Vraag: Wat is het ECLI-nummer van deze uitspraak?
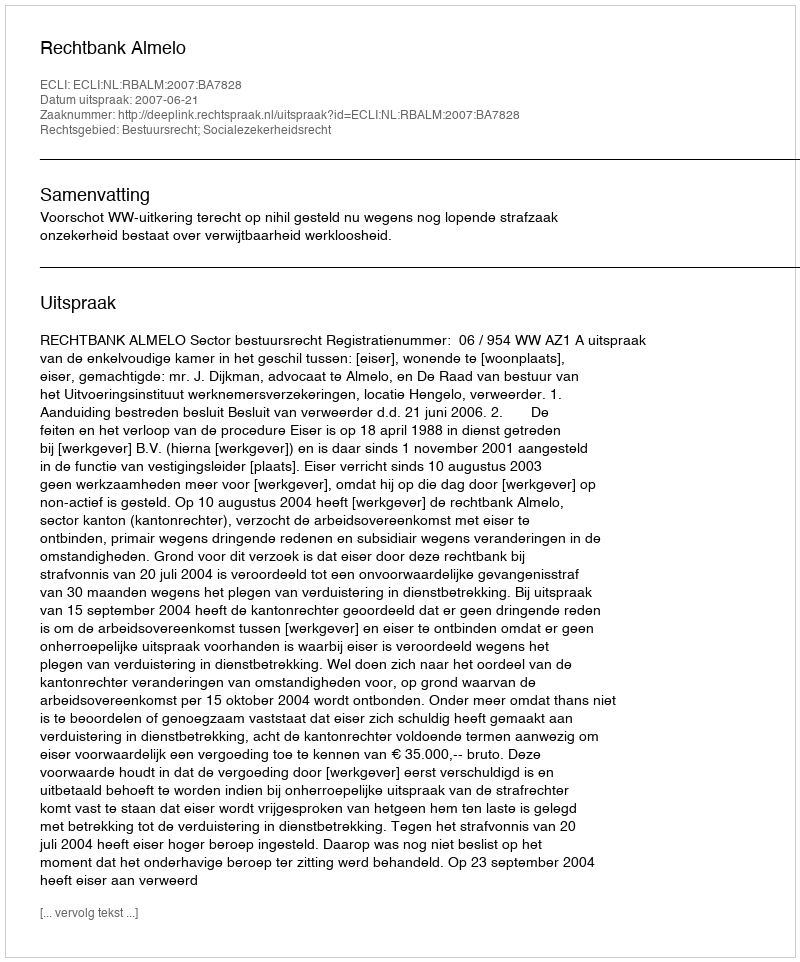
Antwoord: ECLI:NL:RBALM:2007:BA7828